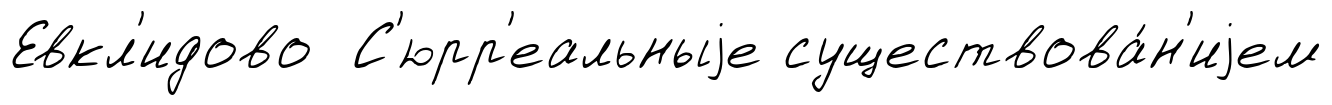
Евкл'идово С'юрр'еальныjе существова́н'иjем